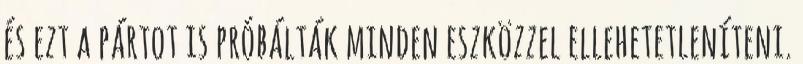
és ezt a pártot is próbálták minden eszközzel ellehetetleníteni.